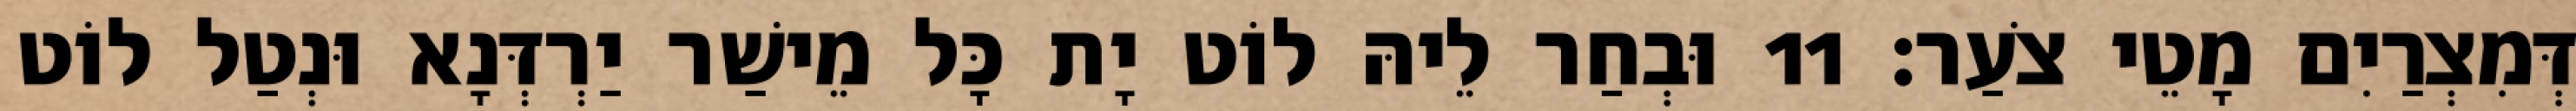
דְּמִצְרַיִם מָטֵי צֹעַר׃ 11 וּבְחַר לֵיהּ לוֹט יָת כָּל מֵישַׁר יַרְדְּנָא וּנְטַל לוֹט